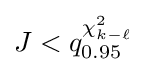
J<q_{0.95}^{\chi _{k-\ell }^{2}}